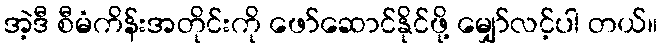
အဲ့ဒီ စီမံကိန်းအတိုင်းကို ဖော်ဆောင်နိုင်ဖို့ မျှော်လင့်ပါ တယ်။